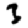
Digit: 3